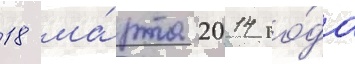
18 ма́рта 2014 го́да